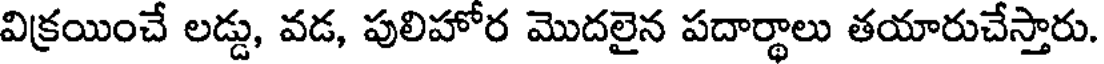
విక్రయించే లడ్డు, వడ, పులిహోర మొదలైన పదార్థాలు తయారుచేస్తారు.